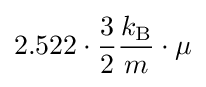
2.522\cdot {\frac {3}{2}}{\frac {k_{\text{B}}}{m}}\cdot \mu